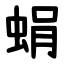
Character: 蜎